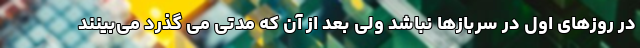
در روزهای اول در سربازها نباشد ولی بعد از آن که مدتی می گذرد می‌بینند